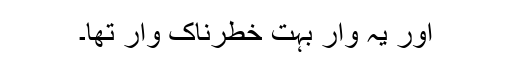
اور یہ وار بہت خطرناک وار تھا۔